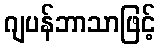
ဂျပန်ဘာသာဖြင့်